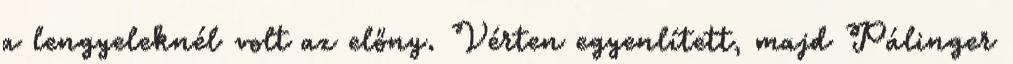
a lengyeleknél volt az előny. Vérten egyenlített, majd Pálinger